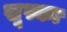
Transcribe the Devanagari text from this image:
सूस्का